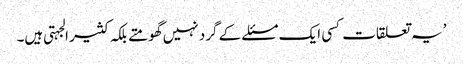
’یہ تعلقات کسی ایک مسئلے کے گرد نہیں گھومتے بلکہ کثیر الجہتی ہیں۔